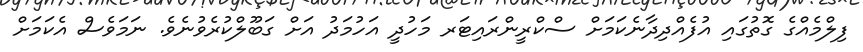
ފިލްމެއްގެ ގޮތުގައި އުފެއްދިދާނެކަމަށް ސްކްރީންރައިޓަރ މަހުދީ އަހުމަދު އަށް ގަބޫލްކުރެވުނެވެ. ނަމަވެސް އެކަމަށް